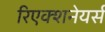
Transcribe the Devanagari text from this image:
रिएक्शनेयर्स